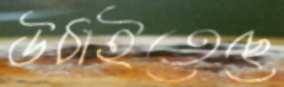
উঠাইতেছে